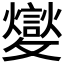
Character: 𣀢